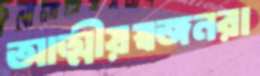
আত্মীয়স্বজনরা